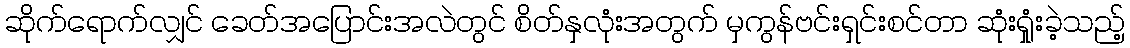
ဆိုက်ရောက်လျှင် ခေတ်အပြောင်းအလဲတွင် စိတ်နှလုံးအတွက် မှကွန်ဗင်းရှင်းစင်တာ ဆုံးရှုံးခဲ့သည့်